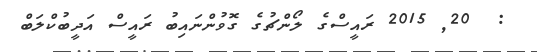
:  20